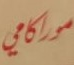
موراكامي